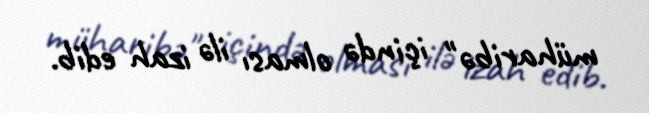
müharibə" içində olması ilə izah edib.